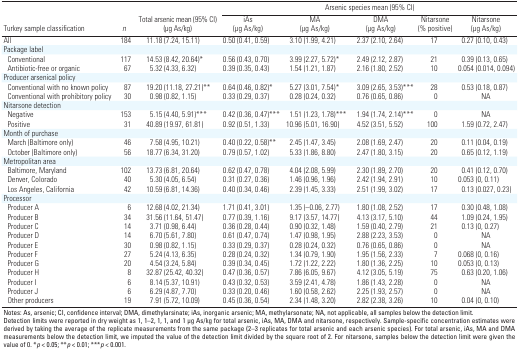
<table><thead><tr><td rowspan="2"><b>Turkey sample classification</b></td><td rowspan="2"><b><i>n</i></b></td><td rowspan="2"><b>Total arsenic mean (95% CI) (μg As/kg)</b></td><td colspan="5"><b>Arsenic species mean (95% CI)</b></td></tr><tr><td><b>iAs (μg As/kg)</b></td><td><b>MA (μg As/kg)</b></td><td><b>DMA (μg As/kg)</b></td><td><b>Nitarsone (% positive)</b></td><td><b>Nitarsone (μg As/kg)</b></td></tr></thead><tbody><tr><td><b>All</b></td><td>184</td><td>11.18 (7.24, 15.11)</td><td>0.50 (0.41, 0.59)</td><td>3.10 (1.99, 4.21)</td><td>2.37 (2.10, 2.64)</td><td>17</td><td>0.27 (0.10, 0.43)</td></tr><tr><td><b>Package label</b></td></tr><tr><td><b>Conventional</b></td><td>117</td><td>14.53 (8.42, 20.64)*</td><td>0.56 (0.43, 0.70)</td><td>3.99 (2.27, 5.72)*</td><td>2.49 (2.12, 2.87)</td><td>21</td><td>0.39 (0.13, 0.65)</td></tr><tr><td><b>Antibiotic-free or organic</b></td><td>67</td><td>5.32 (4.33, 6.32)</td><td>0.39 (0.35, 0.43)</td><td>1.54 (1.21, 1.87)</td><td>2.16 (1.80, 2.52)</td><td>10</td><td>0.054 (0.014, 0.094)</td></tr><tr><td><b>Producer arsenical policy</b></td></tr><tr><td><b>Conventional with no known policy</b></td><td>87</td><td>19.20 (11.18, 27.21)**</td><td>0.64 (0.46, 0.82)*</td><td>5.27 (3.01, 7.54)*</td><td>3.09 (2.65, 3.53)***</td><td>28</td><td>0.53 (0.18, 0.87)</td></tr><tr><td><b>Conventional with prohibitory policy</b></td><td>30</td><td>0.98 (0.82, 1.15)</td><td>0.33 (0.29, 0.37)</td><td>0.28 (0.24, 0.32)</td><td>0.76 (0.65, 0.86)</td><td>0</td><td>NA</td></tr><tr><td><b>Nitarsone detection</b></td></tr><tr><td><b>Negative</b></td><td>153</td><td>5.15 (4.40, 5.91)***</td><td>0.42 (0.36, 0.47)***</td><td>1.51 (1.23, 1.78)***</td><td>1.94 (1.74, 2.14)***</td><td>0</td><td>NA</td></tr><tr><td><b>Positive</b></td><td>31</td><td>40.89 (19.97, 61.81)</td><td>0.92 (0.51, 1.33)</td><td>10.96 (5.01, 16.90)</td><td>4.52 (3.51, 5.52)</td><td>100</td><td>1.59 (0.72, 2.47)</td></tr><tr><td><b>Month of purchase</b></td></tr><tr><td><b>March (Baltimore only)</b></td><td>46</td><td>7.58 (4.95, 10.21)</td><td>0.40 (0.22, 0.58)**</td><td>2.45 (1.47, 3.45)</td><td>2.08 (1.69, 2.47)</td><td>20</td><td>0.11 (0.04, 0.19)</td></tr><tr><td><b>October (Baltimore only)</b></td><td>56</td><td>18.77 (6.34, 31.20)</td><td>0.79 (0.57, 1.02)</td><td>5.33 (1.86, 8.80)</td><td>2.47 (1.80, 3.15)</td><td>20</td><td>0.65 (0.12, 1.19)</td></tr><tr><td><b>Metropolitan area</b></td></tr><tr><td><b>Baltimore, Maryland</b></td><td>102</td><td>13.73 (6.81, 20.64)</td><td>0.62 (0.47, 0.78)</td><td>4.04 (2.08, 5.99)</td><td>2.30 (1.89, 2.70)</td><td>20</td><td>0.41 (0.12, 0.70)</td></tr><tr><td><b>Denver, Colorado</b></td><td>40</td><td>5.30 (4.05, 6.54)</td><td>0.31 (0.27, 0.36)</td><td>1.46 (0.96, 1.96)</td><td>2.42 (1.94, 2.91)</td><td>10</td><td>0.053 (0, 0.11)</td></tr><tr><td><b>Los Angeles, California</b></td><td>42</td><td>10.59 (6.81, 14.36)</td><td>0.40 (0.34, 0.46)</td><td>2.39 (1.45, 3.33)</td><td>2.51 (1.99, 3.02)</td><td>17</td><td>0.13 (0.027, 0.23)</td></tr><tr><td><b>Processor</b></td></tr><tr><td><b>Producer A</b></td><td>6</td><td>12.68 (4.02, 21.34)</td><td>1.71 (0.41, 3.01)</td><td>1.35 (–0.06, 2.77)</td><td>1.80 (1.08, 2.52) </td><td>17</td><td>0.30 (0.48, 1.08)</td></tr><tr><td><b>Producer B</b></td><td>34</td><td>31.56 (11.64, 51.47)</td><td>0.77 (0.39, 1.16)</td><td>9.17 (3.57, 14.77)</td><td>4.13 (3.17, 5.10)</td><td>44</td><td>1.09 (0.24, 1.95)</td></tr><tr><td><b>Producer C</b></td><td>14</td><td>3.71 (0.98, 6.44)</td><td>0.36 (0.28, 0.44)</td><td>0.90 (0.32, 1.48)</td><td>1.59 (0.40, 2.79)</td><td>21</td><td>0.13 (0, 0.27)</td></tr><tr><td><b>Producer D</b></td><td>14</td><td>6.70 (5.61, 7.80)</td><td>0.61 (0.47, 0.74)</td><td>1.47 (0.98, 1.95)</td><td>2.88 (2.23, 3.53)</td><td>0</td><td>NA</td></tr><tr><td><b>Producer E</b></td><td>30</td><td>0.98 (0.82, 1.15)</td><td>0.33 (0.29, 0.37)</td><td>0.28 (0.24, 0.32)</td><td>0.76 (0.65, 0.86)</td><td>0</td><td>NA</td></tr><tr><td><b>Producer F</b></td><td>27</td><td>5.24 (4.13, 6.35)</td><td>0.28 (0.24, 0.32)</td><td>1.34 (0.79, 1.90)</td><td>1.95 (1.56, 2.33)</td><td>7</td><td>0.068 (0, 0.16)</td></tr><tr><td><b>Producer G</b></td><td>20</td><td>4.54 (3.24, 5.84)</td><td>0.39 (0.34, 0.45)</td><td>1.72 (1.22, 2.22)</td><td>1.80 (1.36, 2.25)</td><td>10</td><td>0.053 (0, 0.13)</td></tr><tr><td><b>Producer H</b></td><td>8</td><td>32.87 (25.42, 40.32)</td><td>0.47 (0.36, 0.57)</td><td>7.86 (6.05, 9.67)</td><td>4.12 (3.05, 5.19)</td><td>75</td><td>0.63 (0.20, 1.06)</td></tr><tr><td><b>Producer I</b></td><td>6</td><td>8.14 (5.37, 10.91)</td><td>0.43 (0.32, 0.53)</td><td>3.59 (2.41, 4.78)</td><td>1.86 (1.43, 2.28)</td><td>0</td><td>NA</td></tr><tr><td><b>Producer J</b></td><td>6</td><td>6.29 (4.87, 7.70)</td><td>0.33 (0.20, 0.46)</td><td>1.60 (0.58, 2.62)</td><td>2.25 (1.93, 2.57)</td><td>0</td><td>NA</td></tr><tr><td><b>Other producers</b></td><td>19</td><td>7.91 (5.72, 10.09)</td><td>0.45 (0.36, 0.54)</td><td>2.34 (1.48, 3.20)</td><td>2.82 (2.38, 3.26)</td><td>10</td><td>0.04 (0, 0.10)</td></tr><tr><td colspan="8">Notes: As, arsenic; CI, confidence interval; DMA, dimethylarsinate; iAs, inorganic arsenic; MA, methylarsonate; NA, not applicable, all samples below the detection limit. Detection limits were reported in dry weight as 1, 1–2, 1, 1, and 1 μg As/kg for total arsenic, iAs, MA, DMA and nitarsone, respectively. Sample-specific concentration estimates were derived by taking the average of the replicate measurements from the same package (2–3 replicates for total arsenic and each arsenic species). For total arsenic, iAs, MA and DMA measurements below the detection limit, we imputed the value of the detection limit divided by the square root of 2. For nitarsone, samples below the detection limit were given the value of 0. *<i>p </i>&lt; 0.05; **<i>p </i>&lt; 0.01; ***<i>p </i>&lt; 0.001.</td></tr></tbody></table>